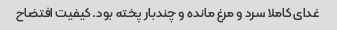
غدای کاملا سرد و مرغ مانده و چندبار پخته بود. کیفیت افتضاح